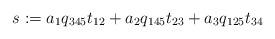
LaTeX: \begin{align*}s := a_1q_{345}t_{12} + a_2q_{145}t_{23} + a_3q_{125}t_{34}\end{align*}